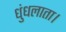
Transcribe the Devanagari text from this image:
धुंधलाता।